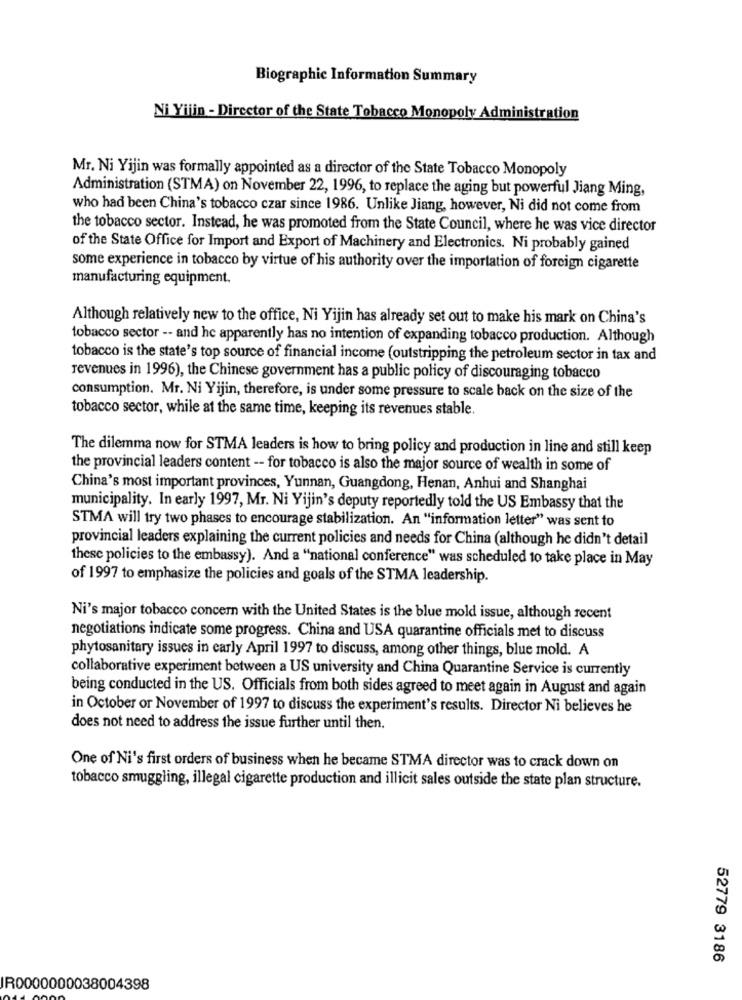
Biographie Information Summary
Ni Yilin - Director of the State Tobacco Monopoly Administration
Mr. Ni Yijin was formally appointed as a director of the State Tobacco Monopoly
Administration (STMA) on November 22, 1996, to replace the aging but powerful Jiang Ming,
who had been China's tobacco czar since 1986. Unlike Jiang, however, Ni did not come from
the tobacco sector. Instead, he was promoted from the State Council, where he was vice director
of the State Office for Import and Export of Machinery and Electronics. Ni probably gained
some experience in tobacco by virtue of his authority over the importation of foreign cigarette
manufacturing equipment.
Although relatively new to the office, Ni Yijin has already set out to make his mark on China's
tobacco sector -- and he apparently has no intention of expanding tobacco production. Although
tobacco is the state's top source of financial income (outstripping the petroleum sector in tax and
revenues in 1996), the Chinese government has a public policy of discouraging tobacco
consumption. Mr. Ni Yijin, therefore, is under some pressure to scale back on the size of the
tobacco sector, while at the same time, keeping its revenues stable.
The dilemma now for STMA leaders is how to bring policy and production in line and still keep
the provincial leaders content -- for tobacco is also the major source of wealth in some of
China's most important provinces, Yunnan, Guangdong, Henan, Anhui and Shanghai
municipality. In early 1997, Mr. Ni Yijin's deputy reportedly told the US Embassy that the
STMA will try two phases to encourage stabilization. An "information letter" was sent to
provincial leaders explaining the current policies and needs for China (although he didn't detail
these policies to the embassy). And a "national conference" was scheduled to take place in May
of 1997 to emphasize the policies and goals of the STMA leadership.
Ni's major tobacco concern with the United States is the blue mold issue, although recent
negotiations indicate some progress. China and USA quarantine officials met to discuss
phytosanitary issues in early April 1997 to discuss, among other things, blue mold. A
collaborative experiment between a US university and China Quarantine Service is currently
being conducted in the US. Officials from both sides agreed to meet again in August and again
in October or November of 1997 to discuss the experiment's results. Director Ni believes he
does not need to address the issue further until then.
One of Ni's first orders of business when he became STMA director was to crack down on
tobacco smuggling, illegal cigarette production and illicit sales outside the state plan structure.
52779 3186
IR0000000038004398